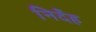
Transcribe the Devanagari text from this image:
निर्देह